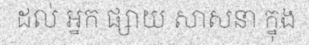
ដល់ អ្នក ផ្សាយ សាសនា ក្នុង